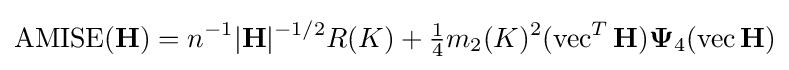
\operatorname {AMISE} (\mathbf {H} )=n^{-1}|\mathbf {H} |^{-1/2}R(K)+{\tfrac {1}{4}}m_{2}(K)^{2}(\operatorname {vec} ^{T}\mathbf {H} )\mathbf {\Psi } _{4}(\operatorname {vec} \mathbf {H} )